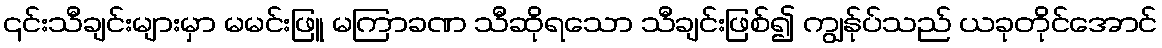
၎င်းသီချင်းများမှာ မမင်းဖြူ မကြာခဏ သီဆိုရသော သီချင်းဖြစ်၍ ကျွန်ုပ်သည် ယခုတိုင်အောင်